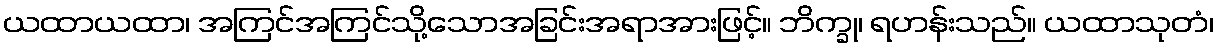
ယထာယထာ၊ အကြင်အကြင်သို့သောအခြင်းအရာအားဖြင့်။ ဘိက္ခု၊ ရဟန်းသည်။ ယထာသုတံ၊